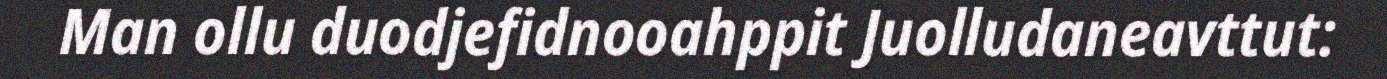
Man ollu duodjefidnooahppit Juolludaneavttut: